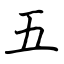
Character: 五